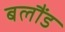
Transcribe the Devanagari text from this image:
बलौंड